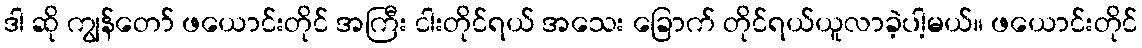
ဒါ ဆို ကျွန်တော် ဖယောင်းတိုင် အကြီး ငါးတိုင်ရယ် အသေး ခြောက် တိုင်ရယ်ယူလာခဲ့ပါ့မယ်။ ဖယောင်းတိုင်